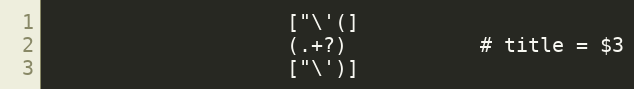
Language: PHP
                    ["\'(]
                    (.+?)           # title = $3
                    ["\')]